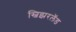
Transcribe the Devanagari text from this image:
स्विझरलॅड